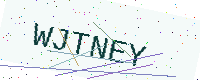
Text: WJTNEY